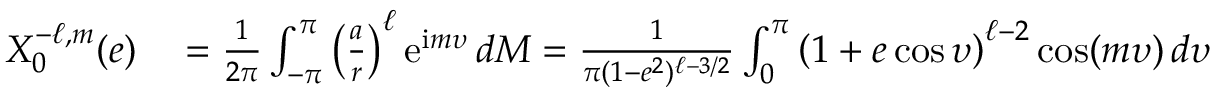
\begin{array} { r l } { X _ { 0 } ^ { - \ell , m } ( e ) } & { { } = \frac { 1 } { 2 \pi } \int _ { - \pi } ^ { \pi } \left( \frac { a } { r } \right) ^ { \ell } \mathrm { e } ^ { \mathrm { i } m \upsilon } \, d M = \frac { 1 } { \pi ( 1 - e ^ { 2 } ) ^ { \ell - 3 / 2 } } \int _ { 0 } ^ { \pi } \left( 1 + e \cos \upsilon \right) ^ { \ell - 2 } \cos ( m \upsilon ) \, d \upsilon } \end{array}